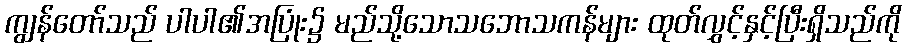
ကျွန်တော်သည် ပါပါ၏အပြုံး၌ မည်သို့သောသဘောသကန်များ ထုတ်လွှင့်နှင့်ပြီးရှိသည်ကို